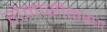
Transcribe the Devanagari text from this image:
रोमांसीकरण